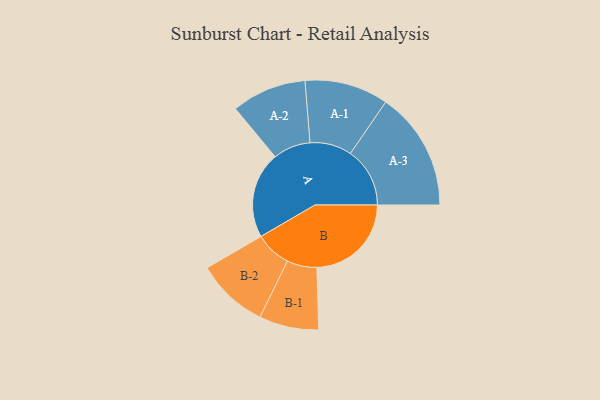
{"axis": {"x": "Segment", "y": "Value"}, "legend": ["", "A", "B"], "data": [{"x": "A", "y": 431, "type": ""}, {"x": "B", "y": 472, "type": ""}, {"x": "A-1", "y": 209, "type": "A"}, {"x": "A-2", "y": 187, "type": "A"}, {"x": "A-3", "y": 297, "type": "A"}, {"x": "B-1", "y": 149, "type": "B"}, {"x": "B-2", "y": 180, "type": "B"}]}